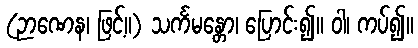
(ဉာဏေန၊ ဖြင့်။) သင်္ကမန္တော၊ ပြောင်း၍။ ဝါ၊ ကပ်၍။